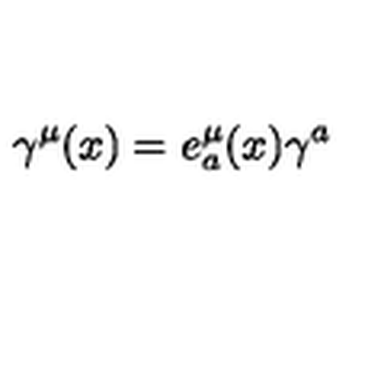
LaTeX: \gamma ^ { \mu } ( x ) = e _ { a } ^ { \mu } ( x ) \gamma ^ { a }